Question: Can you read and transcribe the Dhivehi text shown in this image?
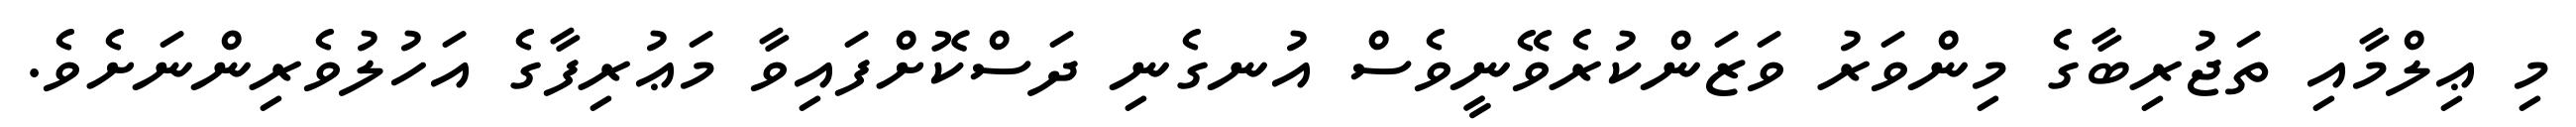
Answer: މި ޢިލްމާއި ތަޖުރިބާގެ މިންވަރު ވަޒަންކުރެވޭނީވެސް އުނގެނި ދަސްކޮށްފައިވާ މަޢުރިފާގެ އަހުލުވެރިންނަށެވެ.